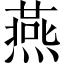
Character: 燕